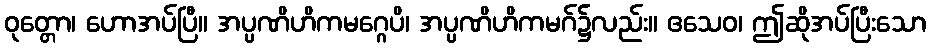
ဝုတ္တော၊ ဟောအပ်ပြီ။ အပ္ပဏိဟိကမဂ္ဂေပိ၊ အပ္ပဏိဟိကမဂ်၌လည်း။ ဧသေဝ၊ ဤဆိုအပ်ပြီးသော